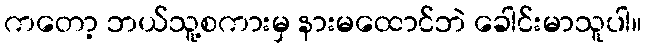
ကတော့ ဘယ်သူ့စကားမှ နားမထောင်ဘဲ ခေါင်းမာသူပါ။